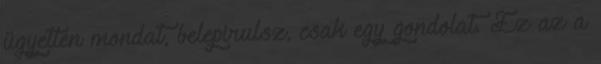
ügyetlen mondat, belepirulsz, csak egy gondolat. Ez az a